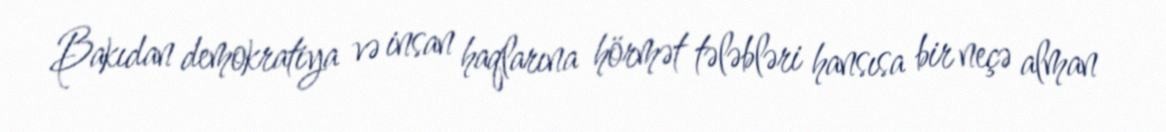
Bakıdan demokratiya və insan haqlarına hörmət tələbləri hansısa bir neçə alman